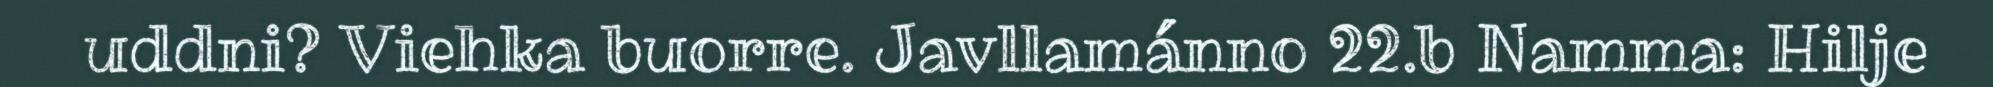
uddni? Viehka buorre. Javllamánno 22.b Namma: Hilje